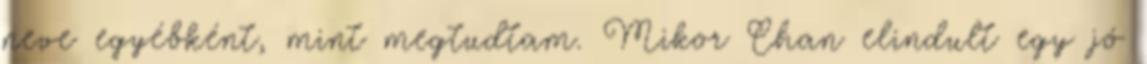
neve egyébként, mint megtudtam. Mikor Chan elindult egy jó